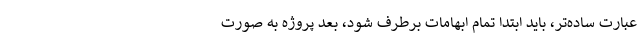
عبارت ساده‌تر، باید ابتدا تمام ابهامات برطرف شود، بعد پروژه به صورت